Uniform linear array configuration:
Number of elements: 24
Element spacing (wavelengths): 1
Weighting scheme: hamming
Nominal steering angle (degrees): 15
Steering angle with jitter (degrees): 14.288
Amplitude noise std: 0.05
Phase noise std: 0.05

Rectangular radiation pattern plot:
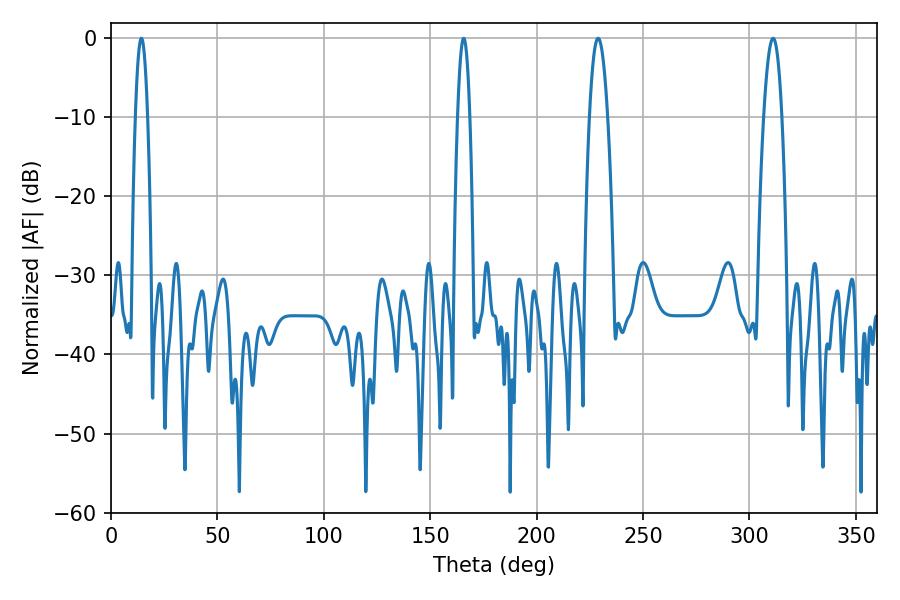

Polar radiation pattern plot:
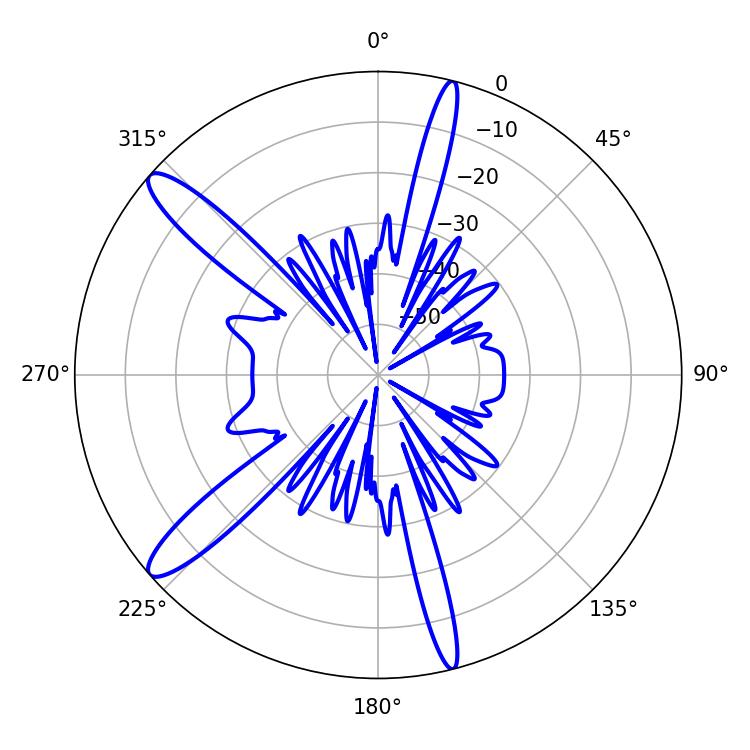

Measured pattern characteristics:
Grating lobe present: TRUE
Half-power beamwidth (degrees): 4.68
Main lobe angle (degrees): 311.04